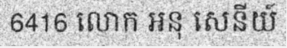
6416 លោក អនុ សេនីយ៍